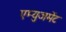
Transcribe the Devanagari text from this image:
एम्‍युजमेंट